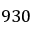
9 3 0